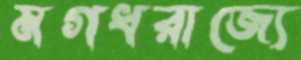
মগধরাজ্যে